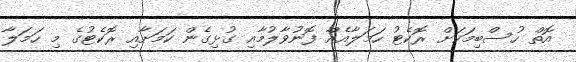
އޮތް ހުސްބިމަކަށް ރޮކެޓު ހަމަލާއެއް ފޮނުވާލުމާއި ގުޅިގެން ކަމަށާއި ރޮކެޓުގެ މި ހަމަލާ